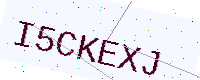
Text: I5CKEXJ